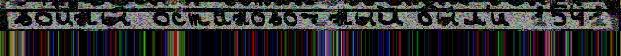
войны́ остановочный бы́л'и 1541